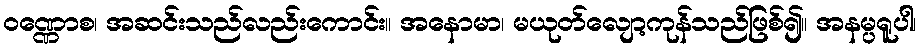
ဝဏ္ဏောစ၊ အဆင်းသည်လည်းကောင်း။ အနောမာ၊ မယုတ်လျော့ကုန်သည်ဖြစ်၍။ အနမ္ပရူပါ၊